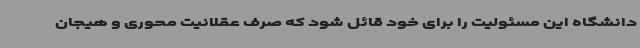
دانشگاه این مسئولیت را برای خود قائل شود که صرف عقلانیت محوری و هیجان